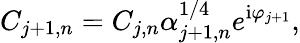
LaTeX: C_{j+1,n}=C_{j,n}\alpha_{j+1,n}^{1/4}e^{\mathrm{i}\varphi_{j+1}},